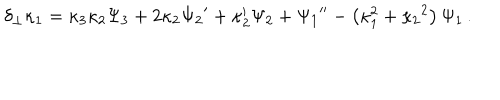
\delta _ { \perp } \kappa _ { 1 } = \kappa _ { 3 } \kappa _ { 2 } \Psi _ { 3 } + 2 \kappa _ { 2 } \Psi _ { 2 } { } ^ { \prime } + \kappa _ { 2 } ^ { \prime } \Psi _ { 2 } + \Psi _ { 1 } { } ^ { \prime \prime } - \left( \kappa _ { 1 } ^ { 2 } + \kappa _ { 2 } { } ^ { 2 } \right) \Psi _ { 1 } \, .